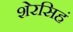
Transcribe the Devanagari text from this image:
शेरसिहं